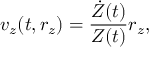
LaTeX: v _ { z } ( t , r _ { z } ) = \frac { \dot { Z } ( t ) } { Z ( t ) } r _ { z } ,